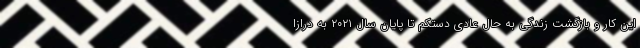
این کار و بازگشت زندگی به حال عادی دستکم تا پایان سال ۲۰۲۱ به درازا